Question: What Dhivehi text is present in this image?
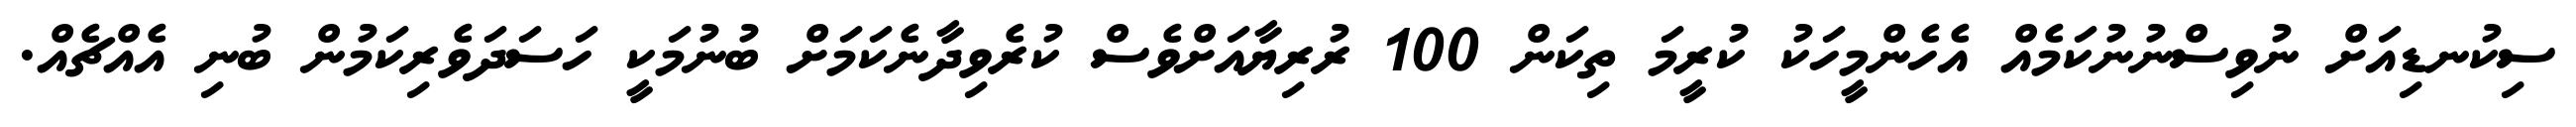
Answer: ސިކުނޑިއަށް ނުވިސްނުނުކަމެއް އެހެންމީހަކު ކުރީމަ ތިކަން 100 ރުރިޔާއަށްވެސް ކުރެވިދާނެކަމަށް ބުނުމަކީ ހަސަދަވެރިކަމުން ބުނި އެއްޗެއް.